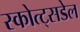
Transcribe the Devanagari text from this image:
स्कोत्ट्सडेल